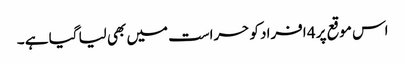
اس موقع پر 4 افراد کو حراست میں بھی لیا گیا ہے ۔